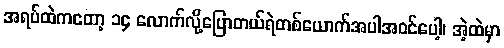
အရပ်ထဲကတော့ ၁၄ လောက်လို့ပြောတယ်ရဲတစ်ယောက်အပါအဝင်ပေါ့၊ အဲ့ထဲမှာ